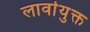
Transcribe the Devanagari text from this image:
लार्वायुक्त